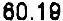
60.19